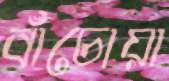
বাঁচোয়া